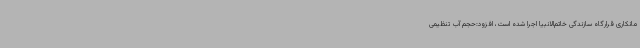
مانکاری قرارگاه سازندگی خاتم‌الانبیا اجرا شده است، افزود:حجم آب تنظیمی